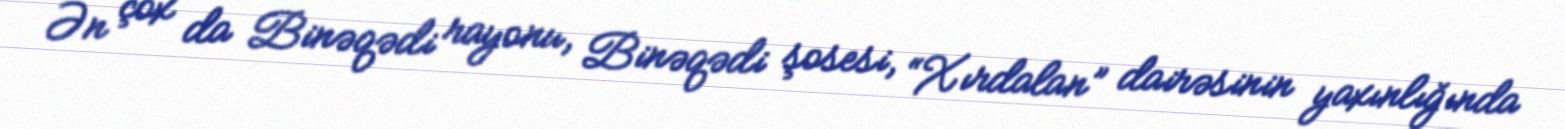
Ən çox da Binəqədi rayonu, Binəqədi şosesi, “Xırdalan” dairəsinin yaxınlığında